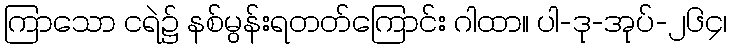
ကြာသော ငရဲ၌ နစ်မွန်းရတတ်ကြောင်း ဂါထာ။ ပါ-ဒု-အုပ်-၂၆၄၊